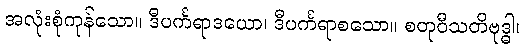
အလုံးစုံကုန်သော။ ဒီပင်္ကရာဒယော၊ ဒီပင်္ကရာစသော။ စတုဝီသတိဗုဒ္ဓါ၊